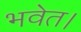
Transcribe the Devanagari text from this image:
भवेत।